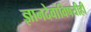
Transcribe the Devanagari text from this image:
ज्ञानदेवांविषयीही